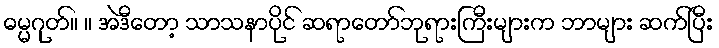
ဓမ္မဂုတ်။ ။ အဲဒီတော့ သာသနာပိုင် ဆရာတော်ဘုရားကြီးများက ဘာများ ဆက်ပြီး